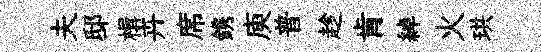
夫邸楫卉席鎸庾普趁肯綽火珙